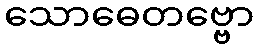
သောဓေတဗ္ဗော